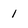
Character: 1